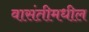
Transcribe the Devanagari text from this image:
वासंतीमधील